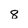
Character: 8